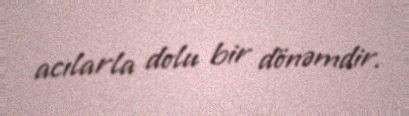
acılarla dolu bir dönəmdir.